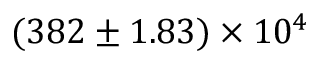
( 3 8 2 \pm 1 . 8 3 ) \times 1 0 ^ { 4 }